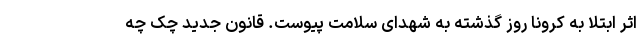
اثر ابتلا به کرونا روز گذشته به شهدای سلامت پیوست. قانون جدید چک چه